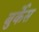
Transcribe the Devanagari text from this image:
बुर्केस